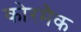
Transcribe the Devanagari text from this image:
कोरमैक